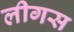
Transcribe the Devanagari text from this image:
लीगस